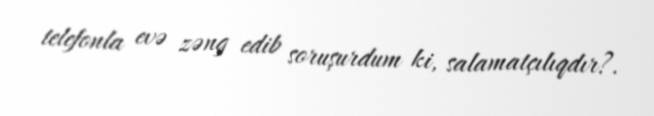
telefonla evə zəng edib soruşurdum ki, salamatçılıqdır?.